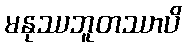
မနုဿဘူတဿာပိ